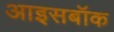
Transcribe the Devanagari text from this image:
आइसबॉक